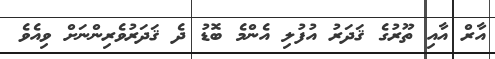
އާރް އާއި ތޫރުގެ ޤަދަރު އުފުލި އެންމެ ބޮޑު ދެ ޤަދަރުވެރިންނަށް ވިއެވެ